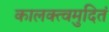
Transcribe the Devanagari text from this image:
कालक्त्वमुदितं